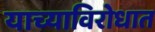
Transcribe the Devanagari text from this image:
याच्याविरोधात